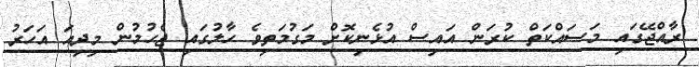
ރާއްޖޭގައި މަސައްކަތް ކުރަން އައިސް އުޅެނިކޮށް މަގުމަތިވެ ހާލުގައި ޖެހުމުން މިދިއަ އަހަރު